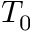
T _ { 0 }